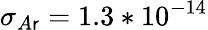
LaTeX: \sigma_{A\mathsf{r}}=1.3*10^{-14}